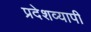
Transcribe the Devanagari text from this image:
प्रदेशव्यापी